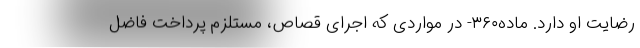
رضایت او دارد. ماده۳۶۰- در مواردی که اجرای قصاص، مستلزم پرداخت فاضل